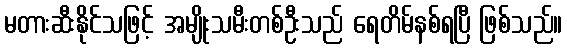
မတားဆီးနိုင်သဖြင့် အမျိုးသမီးတစ်ဦးသည် ရေတိမ်နစ်ရပြီ ဖြစ်သည်။